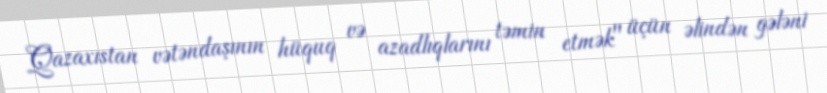
Qazaxıstan vətəndaşının hüquq və azadlıqlarını təmin etmək" üçün əlindən gələni